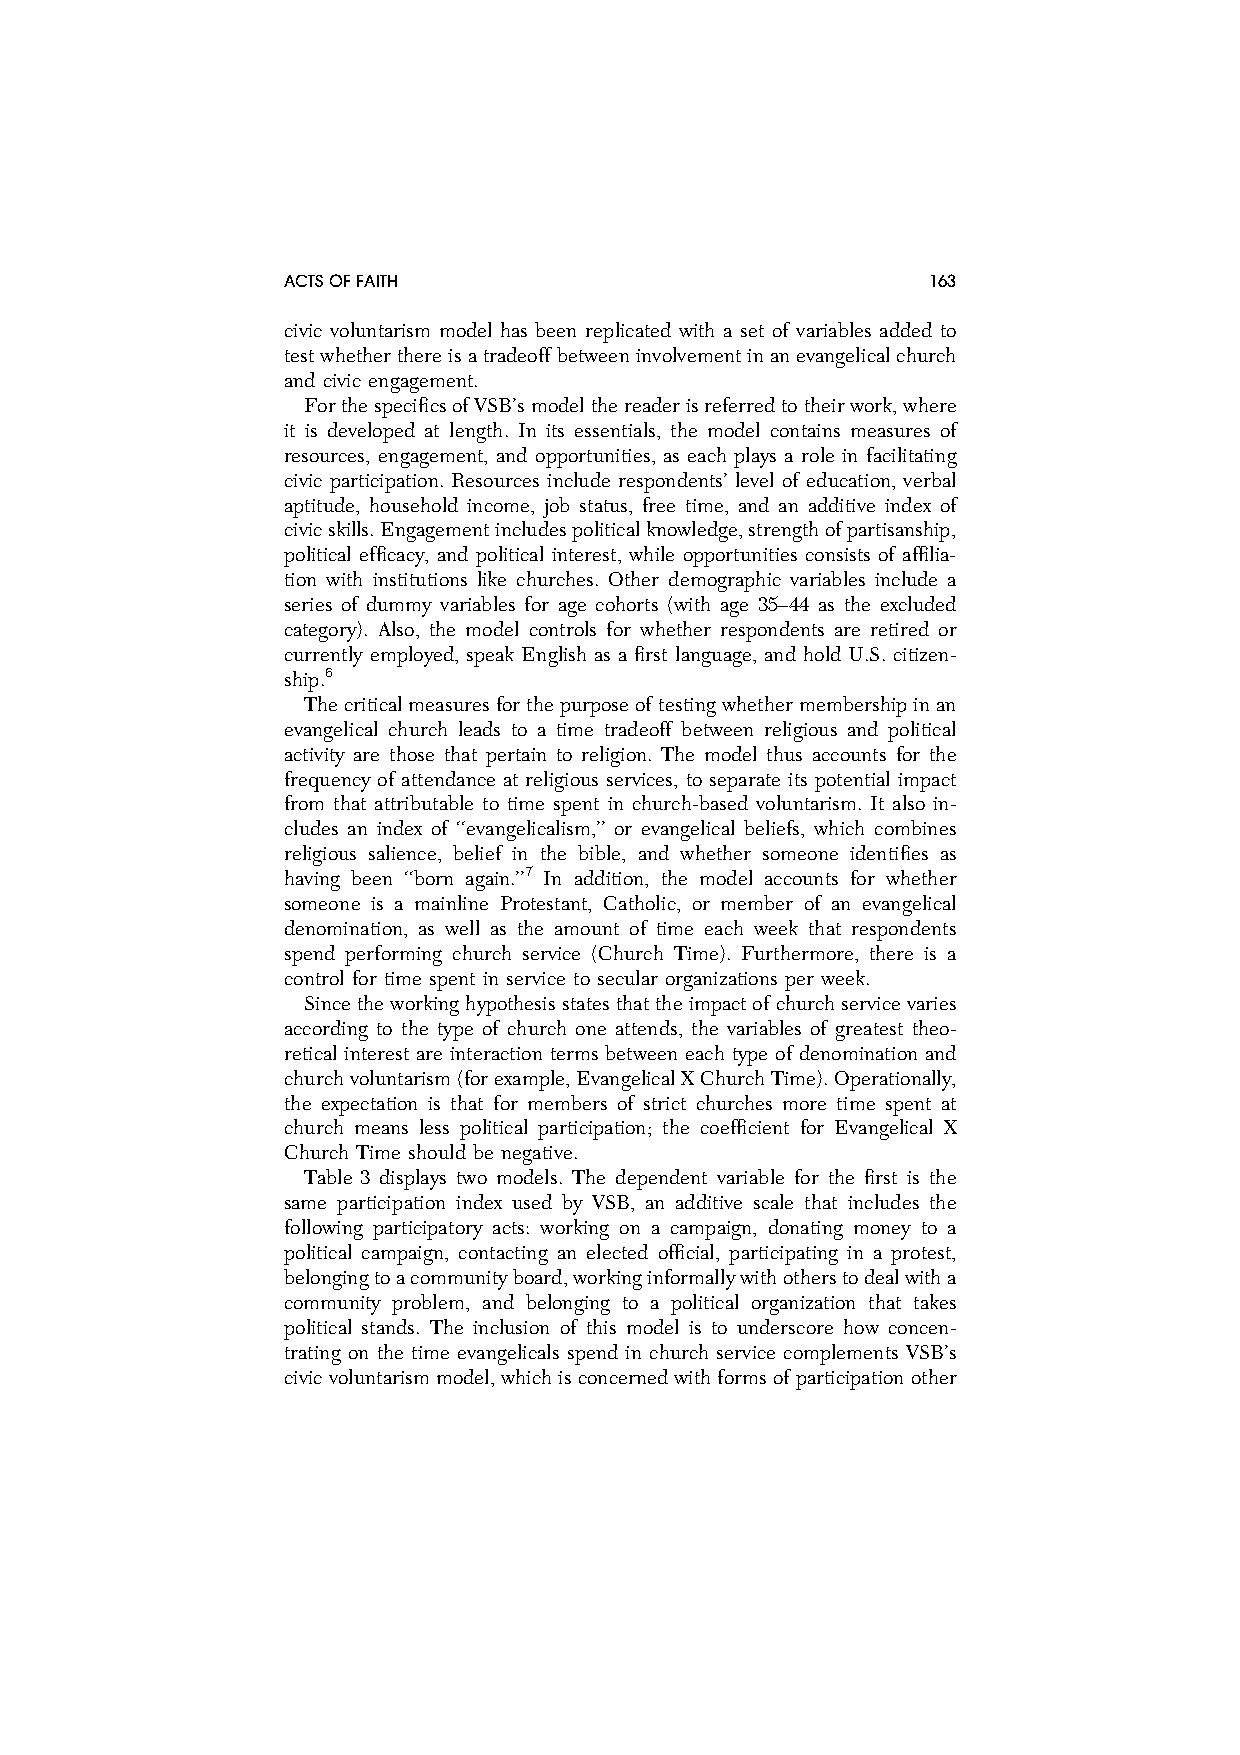
ACTSOFFAITH                               163
 civic voluntarism model has been replicated with a set of variables added to
 testwhetherthereisatradeoffbetweeninvolvementinanevangelicalchurch
 and civic engagement.
 ForthespecificsofVSB’smodelthereaderisreferredtotheirwork,where
 it is developed at length. In its essentials, the model contains measures of
 resources, engagement, and opportunities, as each plays a role in facilitating
 civic participation. Resources include respondents’ level of education, verbal
 aptitude, household income, job status, free time, and an additive index of
 civicskills.Engagementincludespoliticalknowledge,strengthofpartisanship,
 political efficacy, and political interest, while opportunities consists of affilia-
 tion with institutions like churches. Other demographic variables include a
 series of dummy variables for age cohorts (with age 35–44 as the excluded
 category). Also, the model controls for whether respondents are retired or
 currently employed, speak English as a first language, and hold U.S. citizen-
 ship.6
 Thecriticalmeasuresforthepurposeoftestingwhethermembershipinan
 evangelical church leads to a time tradeoff between religious and political
 activity are those that pertain to religion. The model thus accounts for the
 frequency of attendance at religious services, to separate its potential impact
 from that attributable to time spent in church-based voluntarism. It also in-
 cludes an index of ‘‘evangelicalism,’’ or evangelical beliefs, which combines
 religious salience, belief in the bible, and whether someone identifies as
 having been ‘‘born again.’’7 In addition, the model accounts for whether
 someone is a mainline Protestant, Catholic, or member of an evangelical
 denomination, as well as the amount of time each week that respondents
 spend performing church service (Church Time). Furthermore, there is a
 control for time spent in service to secular organizations per week.
 Sincetheworkinghypothesisstatesthattheimpactofchurchservicevaries
 according to the type of church one attends, the variables of greatest theo-
 retical interest are interaction terms between each type of denomination and
 churchvoluntarism(forexample,EvangelicalXChurchTime).Operationally,
 the expectation is that for members of strict churches more time spent at
 church means less political participation; the coefficient for Evangelical X
 Church Time should be negative.
 Table 3 displays two models. The dependent variable for the first is the
 same participation index used by VSB, an additive scale that includes the
 following participatory acts: working on a campaign, donating money to a
 political campaign, contacting an elected official, participating in a protest,
 belongingtoacommunityboard,workinginformallywithotherstodealwitha
 community problem, and belonging to a political organization that takes
 political stands. The inclusion of this model is to underscore how concen-
 trating on the time evangelicals spend in church service complements VSB’s
 civicvoluntarismmodel,whichisconcernedwithformsofparticipationother